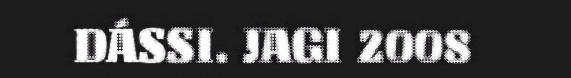
DÁSSI. JAGI 2008